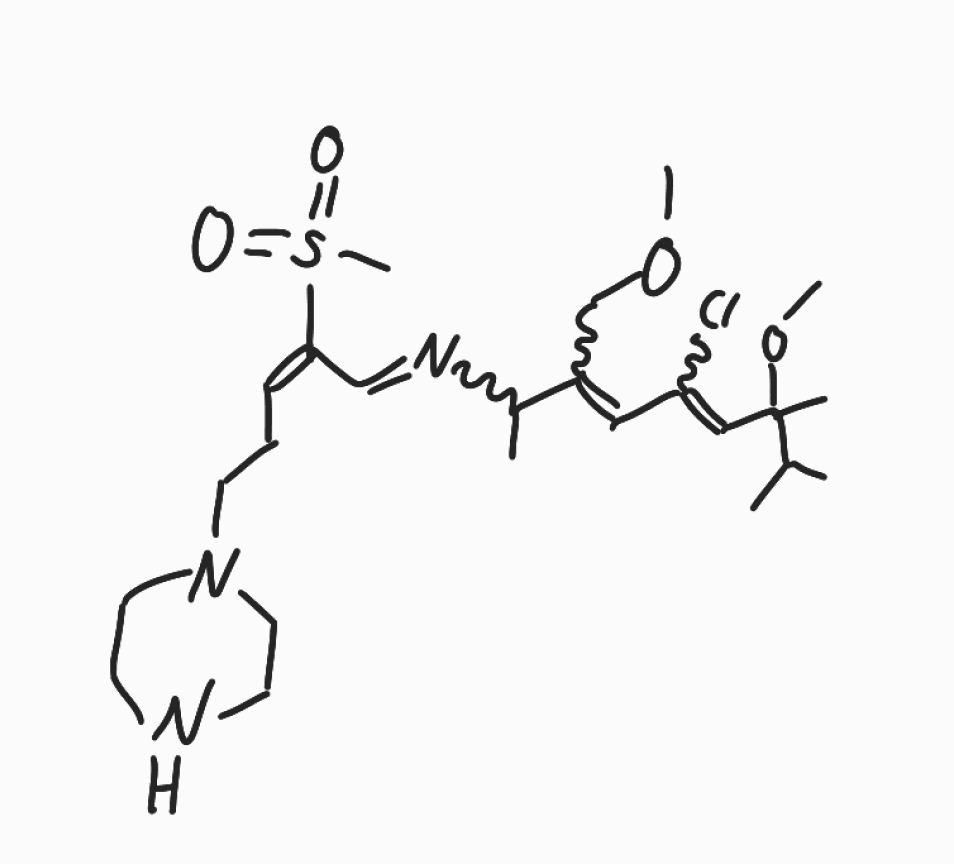
Simplified molecular-input line-entry system (SMILES) notation of the given molecule:
CC(C)C(C)(C=C(C=C(COC)C(C)N=C/C(=C\CCN1CCNCC1)/S(=O)(=O)C)Cl)OC